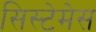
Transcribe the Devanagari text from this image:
सिस्टेमेस